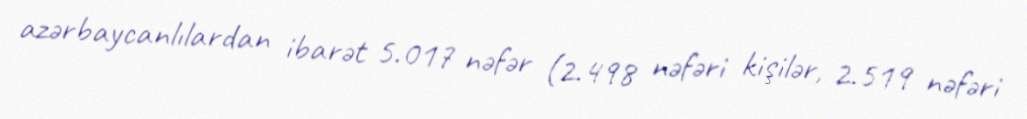
azərbaycanlılardan ibarət 5.017 nəfər (2.498 nəfəri kişilər, 2.519 nəfəri